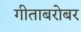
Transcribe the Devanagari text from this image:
गीताबरोबर